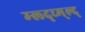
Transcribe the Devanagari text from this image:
म्ल्द्च्म्ल्द्